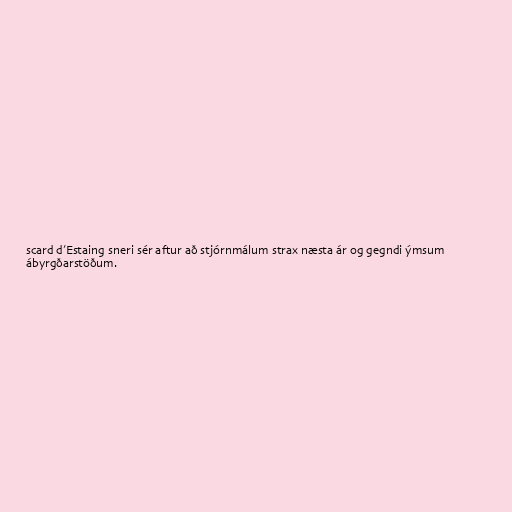
scard d’Estaing sneri sér aftur að stjórnmálum strax næsta ár og gegndi ýmsum
ábyrgðarstöðum.